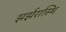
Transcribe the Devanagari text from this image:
झर्झरास्थि